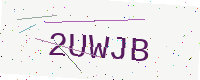
Text: 2UWJB